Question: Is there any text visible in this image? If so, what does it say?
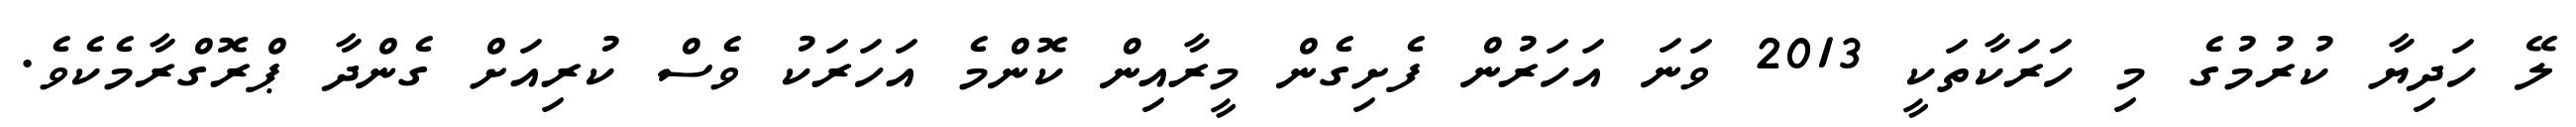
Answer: ލޭ ހަދިޔާ ކުރުމުގެ މި ހަރަކާތަކީ 2013 ވަނަ އަހަރުން ފެށިގެން މީރާއިން ކޮންމެ އަހަރަކު ވެސް ކުރިއަށް ގެންދާ ޕްރޮގްރާމެކެވެ.